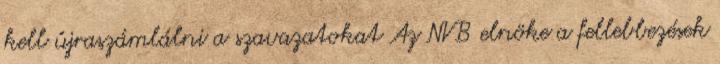
kell újraszámlálni a szavazatokat Az NVB elnöke a fellebbezések